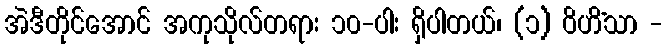
အဲဒီတိုင်အောင် အကုသိုလ်တရား ၁၀-ပါး ရှိပါတယ်၊ (၁) ဝိဟိံသာ -